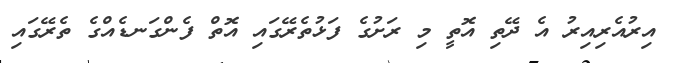
އިރުއެރިއިރު އެ ދޭތި އޮތީ މި ރަށުގެ ފަޅުތެރޭގައި އޮތް ފެންގަނޑެއްގެ ތެރޭގައި